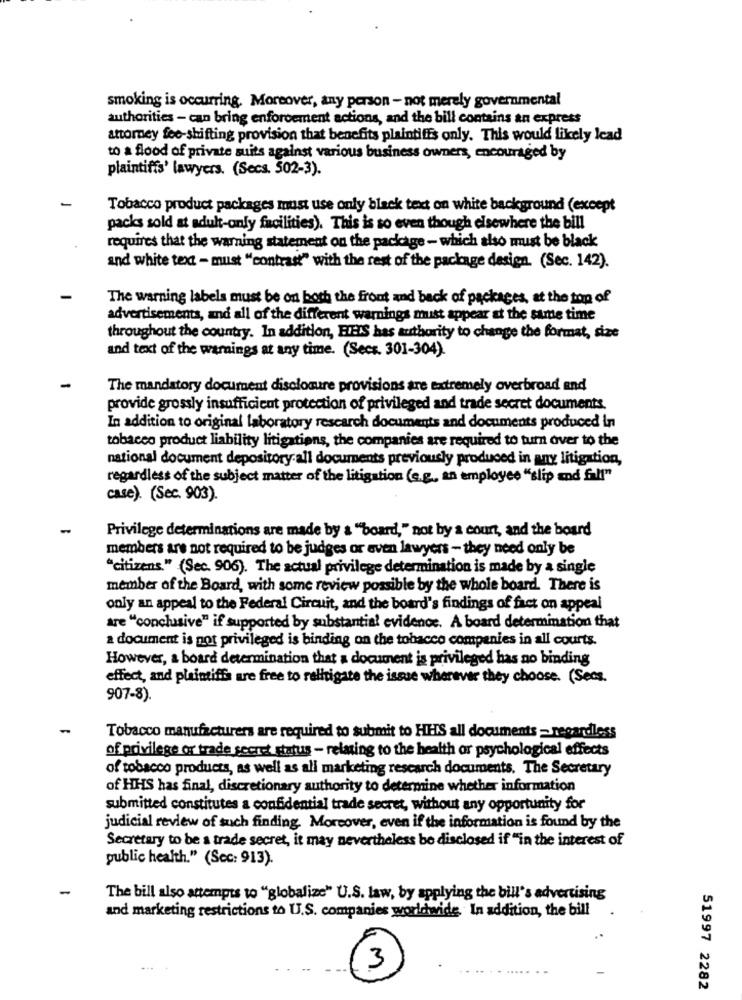
smoking is occurring. Moreover, any person - not merely governmental
authorities - can bring enforcement actions, and the bill contains an express
attorney fee-shifting provision that benefits plaintiffs only. This would likely lead
to a flood of private suits against various business owners, encouraged by
plaintiffs' lawyers. (Secs. 502-3).
Tobacco product packages must use only black text on white background (except
packs sold at adult-only facilities). This is to even though elsewhere the bill
requires that the warning statement on the package - which also must be black
and white text - must "contrast" with the rest of the package design. (Sec. 142).
The warning labels must be on both the front and back of packages, at the top of
advertisements, and all of the different warnings must appear at the same time
throughout the country. In addition, EIHIS has authority to change the format, size
and text of the warnings at any time. (Secs. 301-304).
The mandatory document disclosure provisions are extremely overbroad and
provide grossly insufficient protection of privileged and trade secret documents.
In addition to original laboratory research documents and documents produced In
tobacco product liability litigations, the companies are required to turn over to the
national document depository all documents previously produced in any litigation,
regardless of the subject matter of the litigation (e.g ., an employee "slip and Full"
case). (Sec. 903).
Privilege determinations are made by & ""board," not by a court, and the board
members are not required to be judges or even lawyers - they need only be
"citizens." (Sec. 906). The actual privilege determination is made by a single
member of the Board, with some review possible by the whole board. There is
only an appeal to the Federal Circuit, and the board's findings of fact on appeal
are "conclusive" if supported by substantial evidence. A board determination that
a document is not privileged is binding on the tobacco companies in all courts.
However, a board determination that a document is privileged has no binding
effect, and plaintiffs are free to relitigate the issue wherever they choose. (Secs.
907-8)
Tobacco manufacturers are required to submit to HHS all documents = regardless
of privilege or trade secret status - relating to the health or psychological effects
of tobacco products, as well as all marketing research documents. The Secretary
of HHS has final, discretionary authority to determine whether information
submitted constitutes a confidential trade secret, without any opportunity for
judicial review of such finding. Moreover, even if the information is found by the
Secretary to be a trade secret, it may nevertheless be disclosed if "in the interest of
public health." (Sec: 913).
The bill also attempts to "globalize" U.S. law, by applying the bill's advertising
and marketing restrictions to U.S. companies worldwide In addition, the bill
3
51997 2282